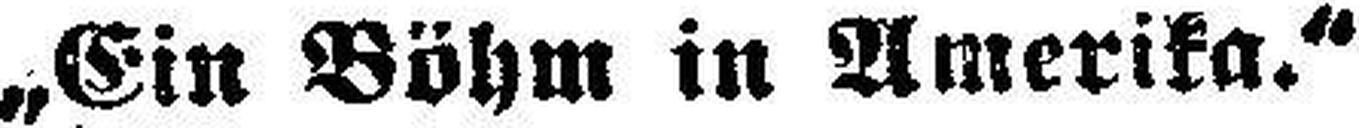
„Ein Böhm in Amerika.“